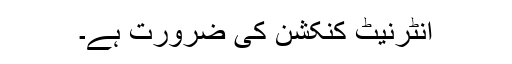
انٹرنیٹ کنکشن کی ضرورت ہے۔